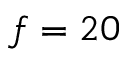
f = 2 0